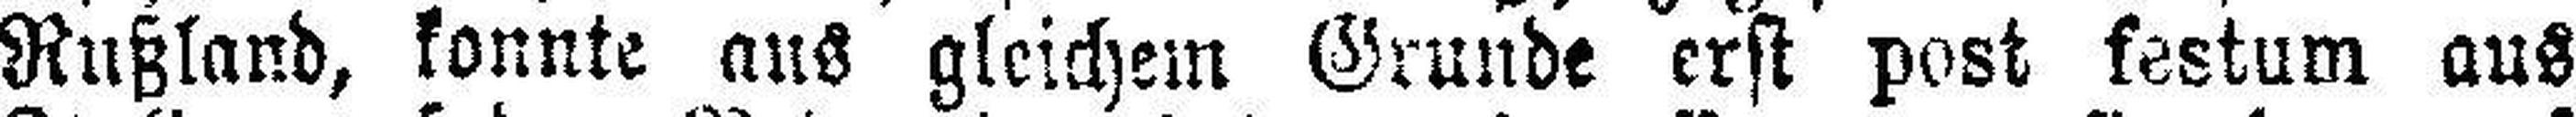
Rußland, konnte aus gleichem Grunde erst post festum aus